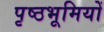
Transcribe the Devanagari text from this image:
पृष्‍ठभूमियों